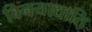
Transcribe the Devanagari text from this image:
विनयाद्याति